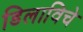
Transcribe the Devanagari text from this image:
डिलाविचे